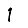
Digit: 1